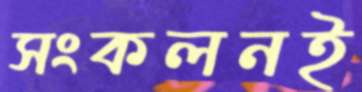
সংকলনই